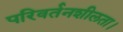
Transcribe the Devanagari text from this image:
परिवर्तनशीलता।